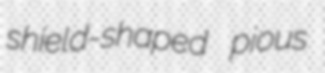
shield-shaped pious